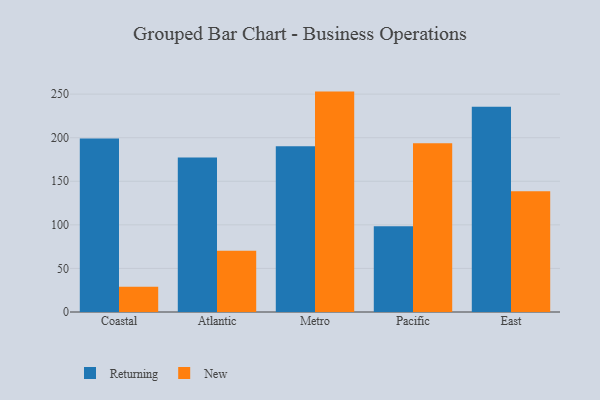
{"axis": {"x": "Region", "y": "Net Income (USD K)"}, "legend": ["New", "Returning"], "data": [{"x": "Coastal", "y": 199.2, "type": "Returning"}, {"x": "Coastal", "y": 29.1, "type": "New"}, {"x": "Atlantic", "y": 177.2, "type": "Returning"}, {"x": "Atlantic", "y": 70.4, "type": "New"}, {"x": "Metro", "y": 190.1, "type": "Returning"}, {"x": "Metro", "y": 252.9, "type": "New"}, {"x": "Pacific", "y": 98.3, "type": "Returning"}, {"x": "Pacific", "y": 193.5, "type": "New"}, {"x": "East", "y": 235.5, "type": "Returning"}, {"x": "East", "y": 138.5, "type": "New"}]}